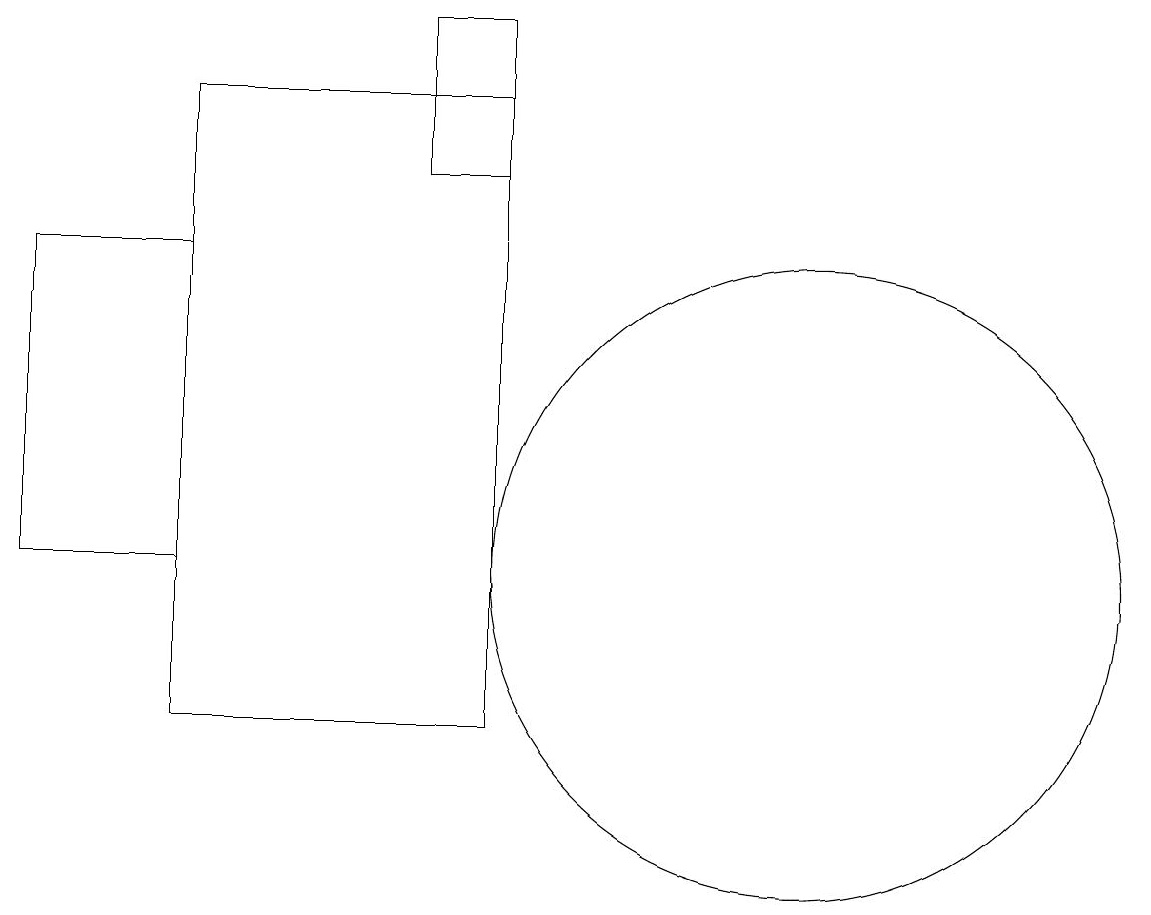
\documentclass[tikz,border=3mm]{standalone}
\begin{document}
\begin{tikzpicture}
\draw (2,18) rectangle (6,10);
\draw (10,12) circle (4);
\draw (6,19) rectangle (5,17);
\draw (0,12) rectangle (2,16);
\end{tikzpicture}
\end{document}